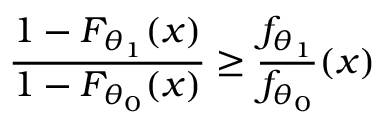
{ \frac { 1 - F _ { \theta _ { 1 } } ( x ) } { 1 - F _ { \theta _ { 0 } } ( x ) } } \geq { \frac { f _ { \theta _ { 1 } } } { f _ { \theta _ { 0 } } } } ( x )